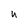
Character: u